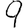
Digit: 9